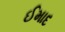
ઈમાદ